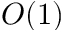
O ( 1 )